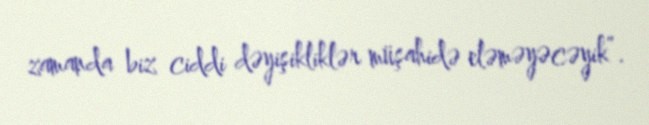
zamanda biz ciddi dəyişikliklər müşahidə eləməyəcəyik”.